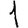
Digit: 1